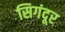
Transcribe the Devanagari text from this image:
सिगंदूर